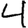
Digit: 4